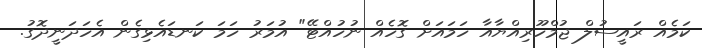
ކަމެއް ރައީސުލް ޖުމްހޫރިއްޔާއާ ހަމައަށް ގޮހެއް ނުހުއްޓޭ" އުމަރު ހަމަ ކަނޑައެޅިގެން އެހަދަނީދޮގު.